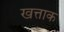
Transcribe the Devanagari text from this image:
खत्ताक